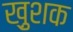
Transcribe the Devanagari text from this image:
ख़ुशक